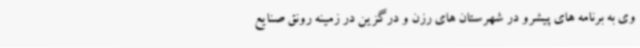
وی به برنامه های پیشرو در شهرستان های رزن و درگزین در زمینه رونق صنایع